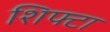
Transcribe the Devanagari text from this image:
शिफ्टा